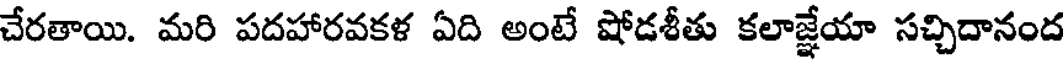
చేరతాయి. మరి పదహారవకళ ఏది అంటే షోడశీతు కలాజ్జేయా సచ్చిదానంద